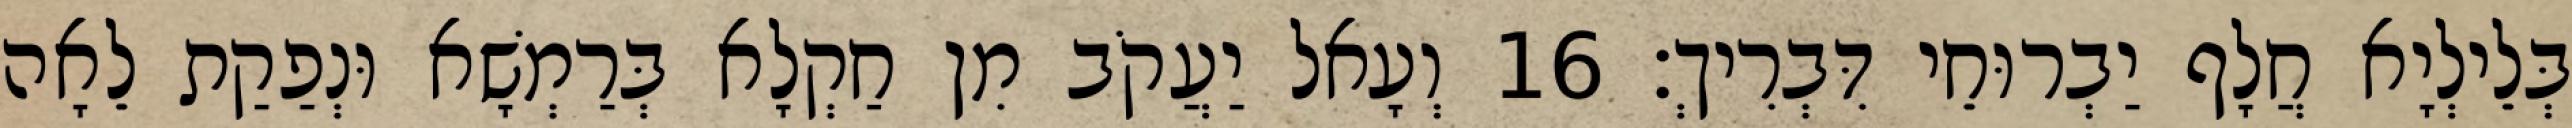
בְּלֵילְיָא חֲלָף יַבְרוּחֵי דִּבְרִיךְ׃ 16 וְעָאל יַעֲקֹב מִן חַקְלָא בְּרַמְשָׁא וּנְפַקַת לֵאָה